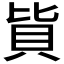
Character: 𰶳